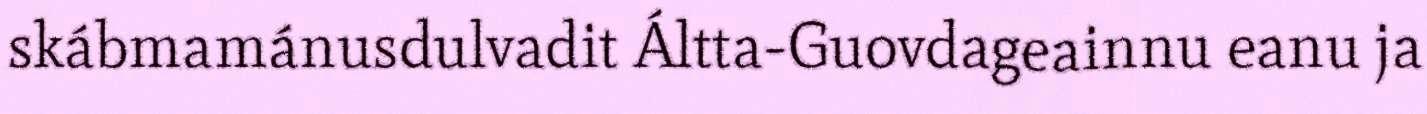
skábmamánusdulvadit Áltta-Guovdageainnu eanu ja